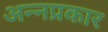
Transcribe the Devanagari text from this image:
अन्नप्रकार